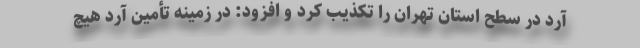
آرد در سطح استان تهران را تکذیب کرد و افزود: در زمینه تأمین آرد هیچ